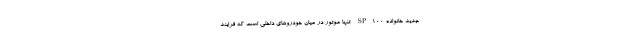
جدید خانواده SP100 تنها موتور در میان خودروهای داخلی است که فرایند